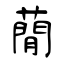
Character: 蕑